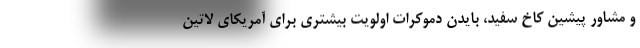
و مشاور پیشین کاخ سفید، بایدن دموکرات اولویت بیشتری برای آمریکای لاتین